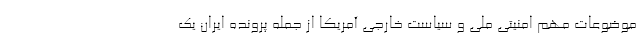
موضوعات مهم امنیتی ملی و سیاست خارجی آمریکا از جمله پرونده ایران یک